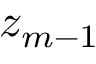
z _ { m - 1 }